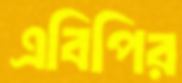
এবিপির